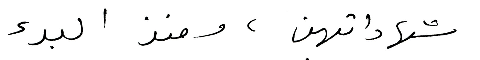
شهاداتهن، ومنذ البدء